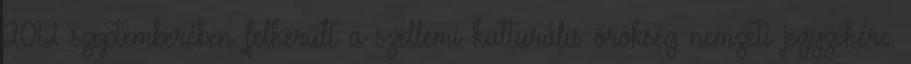
2012 szeptemberében felkerült a szellemi kulturális örökség nemzeti jegyzékére.